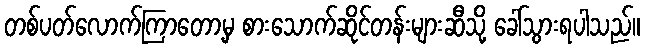
တစ်ပတ်လောက်ကြာတော့မှ စားသောက်ဆိုင်တန်းများဆီသို့ ခေါ်သွားရပါသည်။